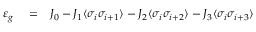
\begin{array} { r l r } { \varepsilon _ { g } } & { { } = } & { J _ { 0 } - J _ { 1 } \langle \sigma _ { i } \sigma _ { i + 1 } \rangle - J _ { 2 } \langle \sigma _ { i } \sigma _ { i + 2 } \rangle - J _ { 3 } \langle \sigma _ { i } \sigma _ { i + 3 } \rangle } \end{array}